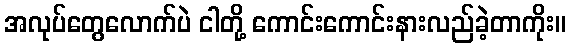
အလုပ်တွေလောက်ပဲ ငါတို့ ကောင်းကောင်းနားလည်ခဲ့တာကိုး။